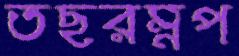
তছরম্নপ